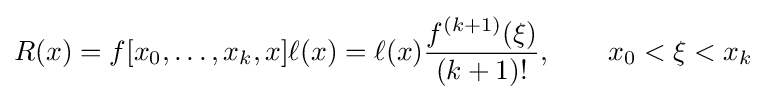
R(x)=f[x_{0},\ldots ,x_{k},x]\ell (x)=\ell (x){\frac {f^{(k+1)}(\xi )}{(k+1)!}},\quad \quad x_{0}<\xi <x_{k}